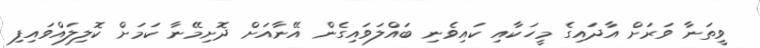
ވީތަނާ ވަރަށް އާދައިގެ މީހަކާއި ކައިވެނި ބައްލަވައިގެން އޭނާއަށް ދޮށިމޭނާ ކަމަށް ކޮލިލައްވައިފި